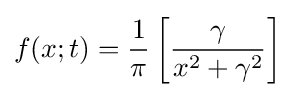
f(x;t)={1 \over \pi }\left[{\gamma  \over x^{2}+\gamma ^{2}}\right]